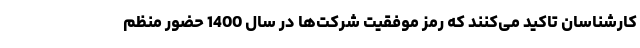
کارشناسان تاکید می‌کنند که رمز موفقیت شرکت‌ها در سال 1400 حضور منظم